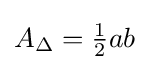
{\textstyle A_{\Delta }={\frac {1}{2}}ab}